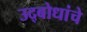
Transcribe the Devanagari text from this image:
उद्बोधांचे